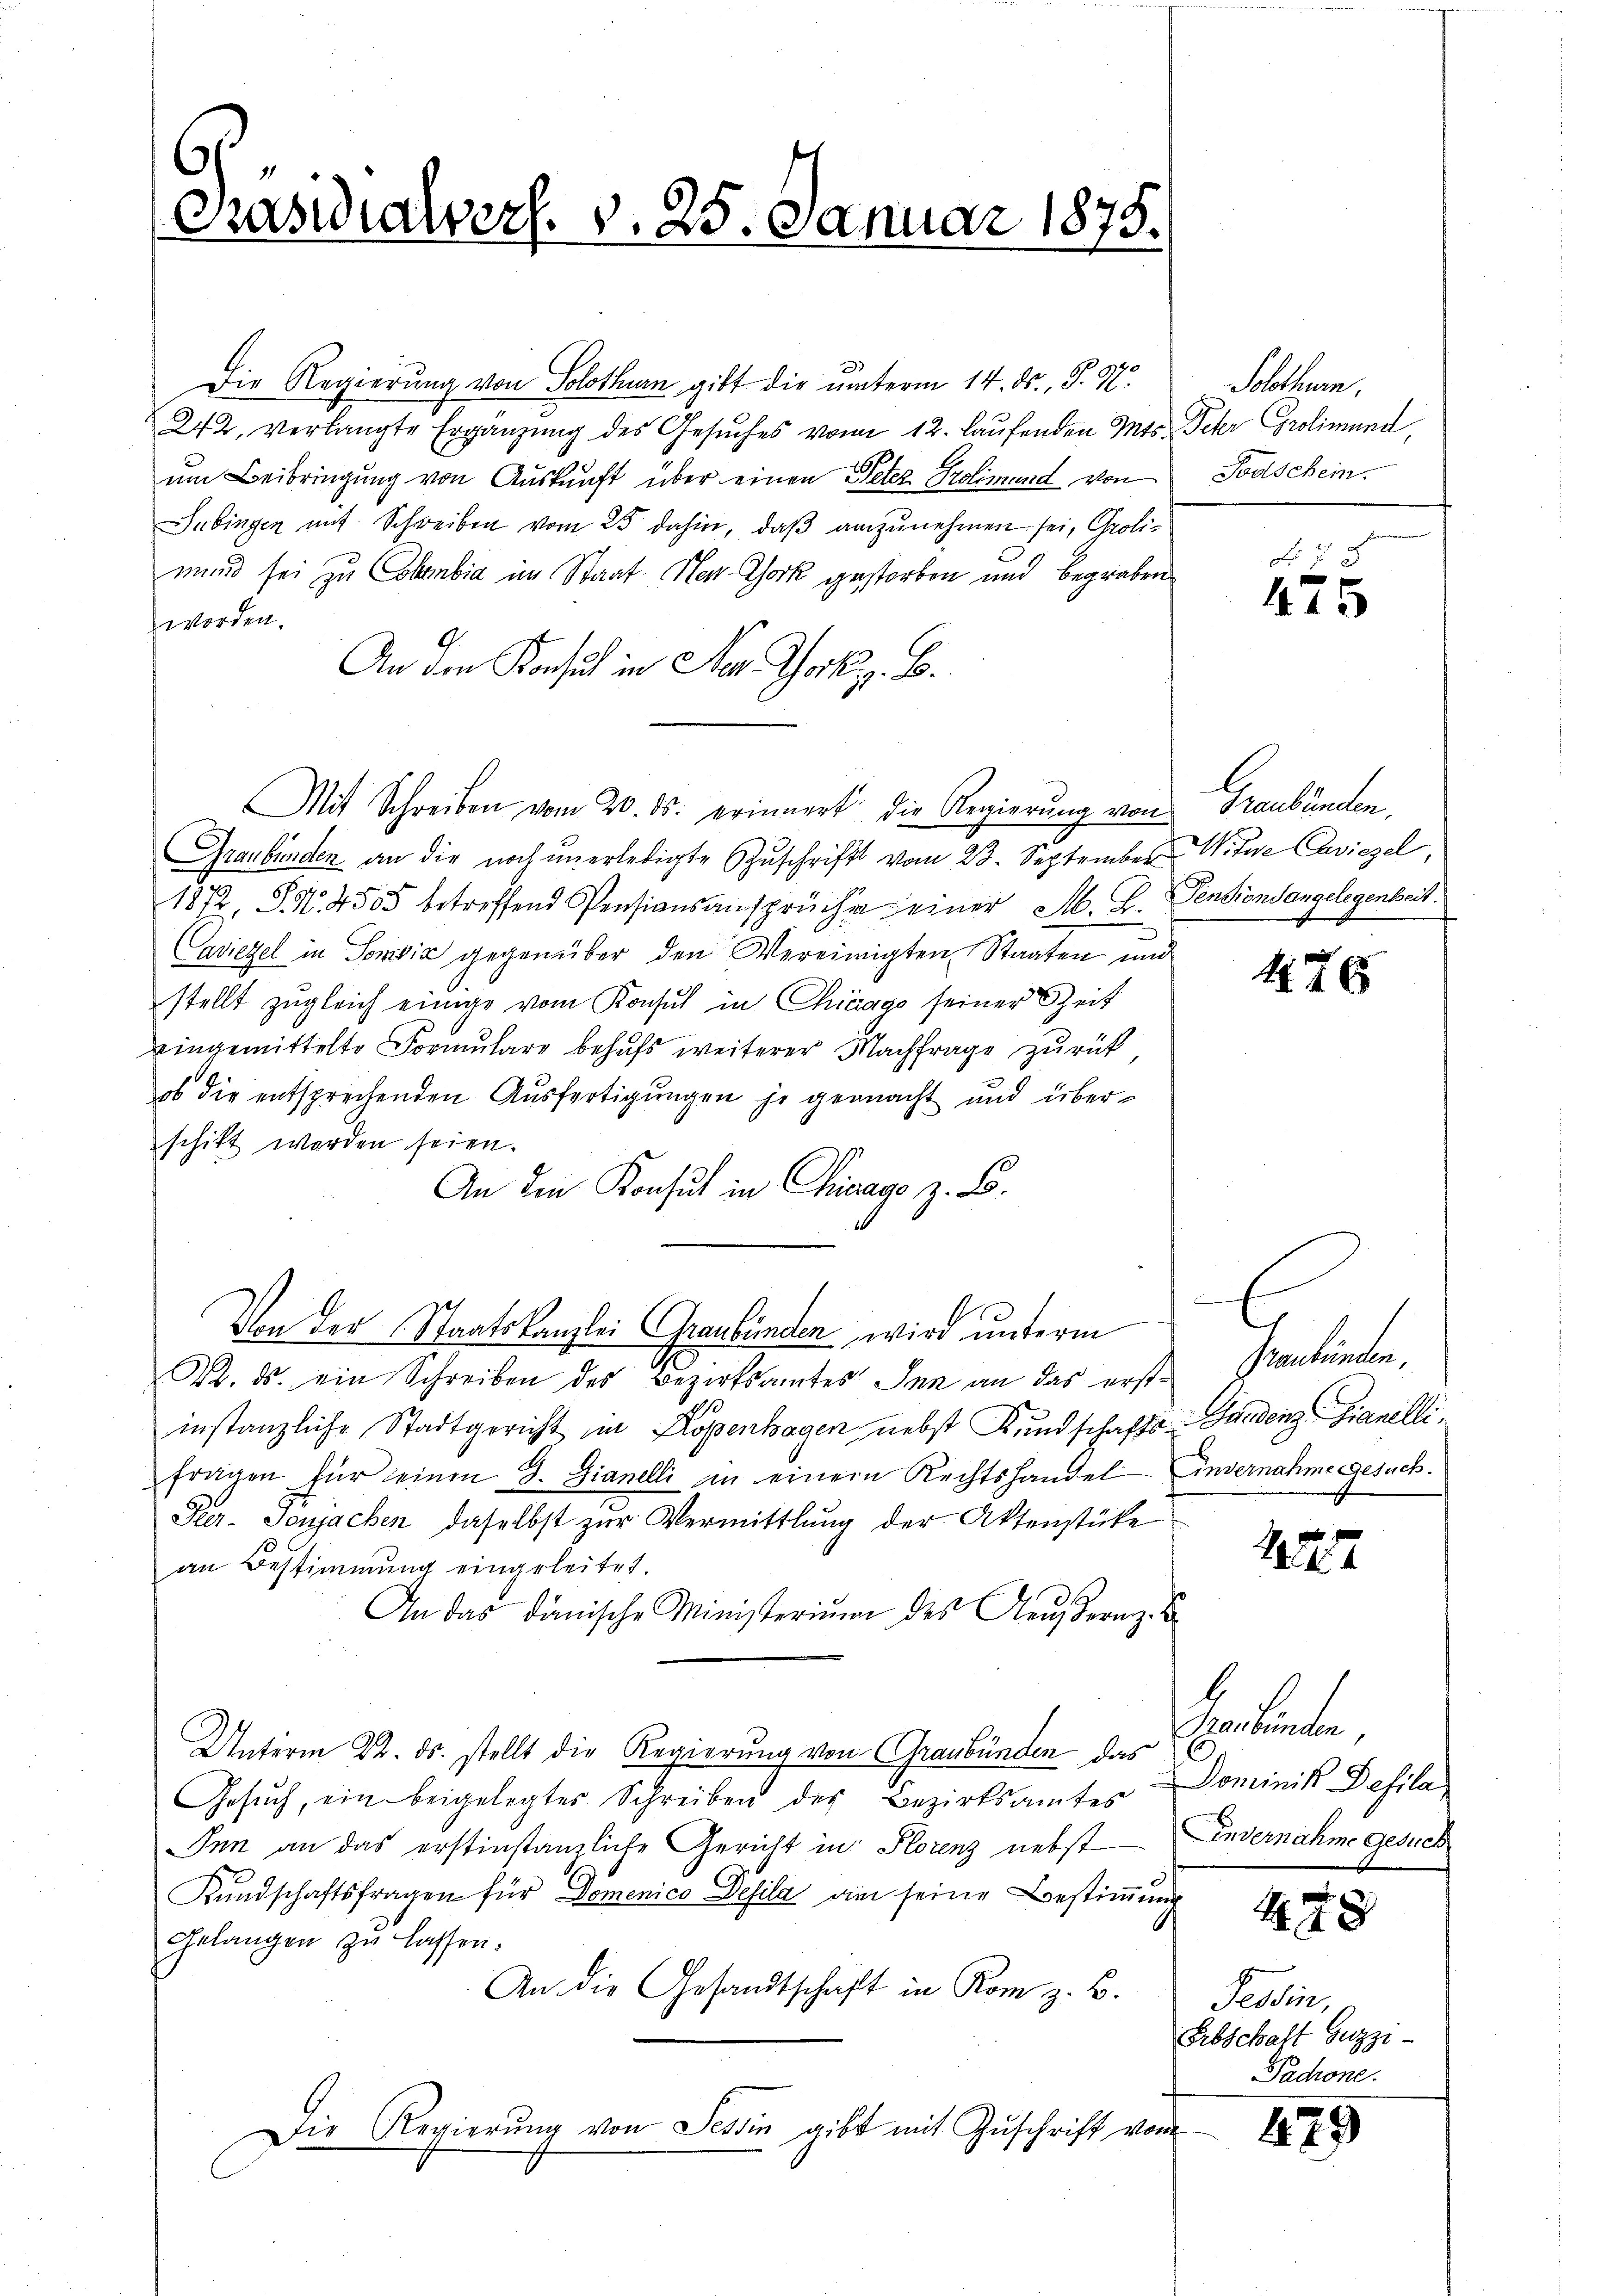
Die Regierung von Solothurn gibt die unterm 14. ds., S. 98.
242, verlangte Ergänzŭng des Gesŭches vom 12. laŭfenden Mts. Peter Grolimund,
um Beibringung von Auskunft über einen Peter Prolimund von
Subingen mit Schreiben vom 25 dahin, daβ anzŭnehmen sei, Groli-
mund sei zu Chambia im Staat. Herr Chork gestorben und begraben
worden.
An den Konsul in New York z. B.
Mit Schreiben vom 20. ds. erinnert die Regierung von Graubünden,
Graubünden an die noch unerledigte Zŭschrift vom 23. September Witwe Caviezel,
1812 S. 4505 betreffend Pensionsansprüche einer M. D. Pensionsangelegenheit.
aviezel in Sonvić gegenüber den Vereinigten Staaten und
stellt zugleich einige vom Konsul in Chicago seiner Zeit
eingemittelte Formulare behufs weiterer Nachfrage zurück
ob die entsprechenden Ausfertigungen je gemacht und überschikt worden seien.
An den Konsul in Chicago z. B.
Von der Staatskanzlei Graubünden wird unterm
K. ds. ein Schreiben des Bezirksamtes Inn an das erstinstanzliche Stadtgericht in Kopenhagen nebst Kundschafts-Gundenz Gianelli,
fragen für seinen S. Fianelli in einem Rechtshandel Einvernahme gesuch¬
Peer-Jonsachen daselbst zŭr Vermittlung der Aktenstücke
an Bestimmung eingeleitet.
An das dänische Ministerium des Aeußern z. B.
Unterm 22. ds. stellt die Regierung von Graubünden das
Gesuch, ein beigelegtes Schreiben des Bezirksamtes
Ien an das erstinstanzliche Gericht in Florenz nebst Andernahme gesuch
Kundschaftsfragen für Domenico Desila am seine Bestimmung
Gelangen zu lassen.
An die Gesandtschaft in Kom z. B.
Die Regierung von Tessin gibt mit Zuschrift von

.
Präsidialvers. v. 25. Januar 1875.

Solothurn.
Todschein.

f 78
475

476

E
Genkunden,

4

anbunde
Dominik Desila

478

Petrie,
Erbschaft Gizzi-
Padrone.

479